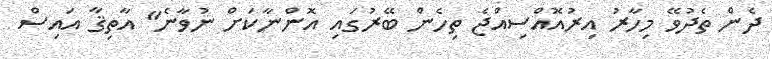
ދެން ތެދުވޭ މިހާރު އިރުއޮއްސިއްޖެ ތިހެން ބޭރުގައި އޮންނާކަށް ނުވާނެ" އާތިޤާ އައިސް